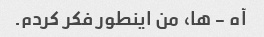
آه - ها، من اینطور فکر کردم.